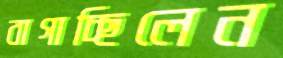
বাগাচ্ছিলেন